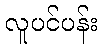
လူပင်ပန်း